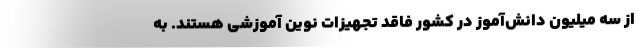
از سه میلیون دانش‌آموز در کشور فاقد تجهیزات نوین آموزشی هستند. به